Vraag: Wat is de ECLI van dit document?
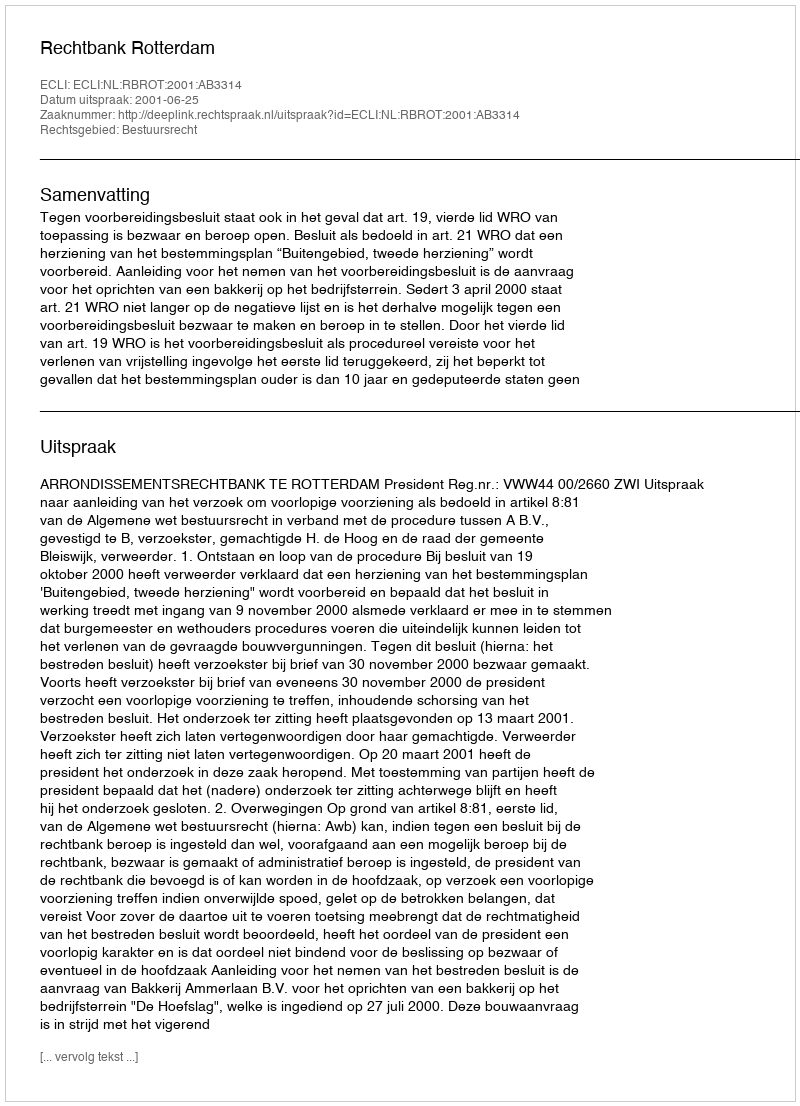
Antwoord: ECLI:NL:RBROT:2001:AB3314